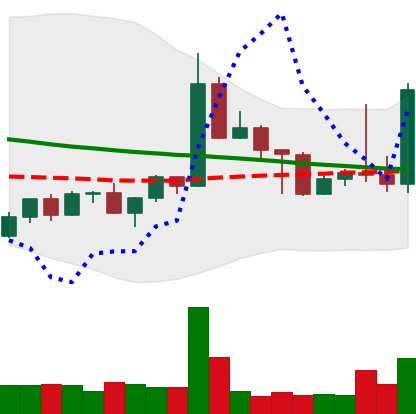
Ticker: TRX-USD
Chart end date: 2022-05-01
Forward return: 21.534%
Label: up_7plus